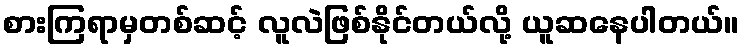
စားကြရာမှတစ်ဆင့် လူလဲဖြစ်နိုင်တယ်လို့ ယူဆနေပါတယ်။